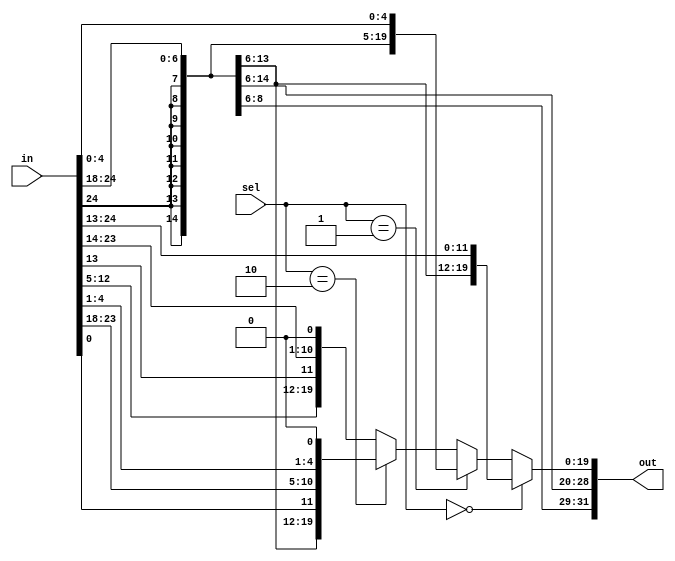
module sign_extend (in,out,sel);

input [31:7] in;
input [1:0] sel;
output reg [31:0] out;

always@(*)
	if (sel == 2'b00)   // I_type
		out = {{20{in[31]}}, in[31:20]};
	else if (sel == 2'b01)  // S_type
		out = {{20{in[31]}}, in[31:25], in[11:7]};
	else if (sel == 2'b10)		// B_type
		out = {{20{in[31]}}, in[7], in[30:25], in[11:8], 1'b0};
	else      // sel = 2'b11	// J_type
		out = {{12{in[31]}}, in[19:12], in[20], in[30:21], 1'b0};
endmodule